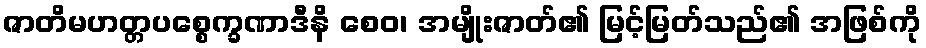
ဇာတိမဟတ္တပစ္စေက္ခဏာဒီနိ စေဝ၊ အမျိုးဇာတ်၏ မြင့်မြတ်သည်၏ အဖြစ်ကို